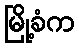
မြို့ခံက